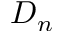
D _ { n }